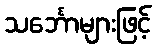
သင်္ဘောများဖြင့်